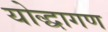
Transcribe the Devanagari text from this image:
योद्धागण